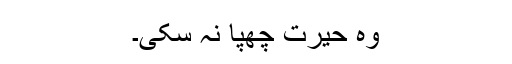
وہ حیرت چھپا نہ سکی۔